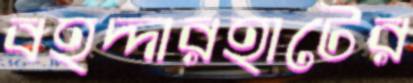
বহদ্দারহাটের